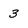
Character: 3